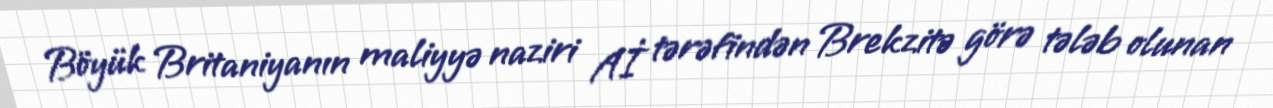
Böyük Britaniyanın maliyyə naziri Aİ tərəfindən Brekzitə görə tələb olunan